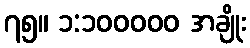
၇၅။ ၁:၁၀၀၀၀၀ အချိုး